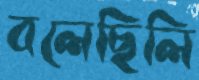
বলেছিলি